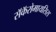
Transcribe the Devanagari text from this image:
सॅकॅरोमायसिस